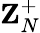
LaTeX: \textbf{Z}_{N}^{+}